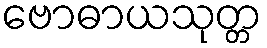
ဗောဓာယသုတ္တ